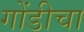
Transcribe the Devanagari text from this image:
गोंडीचा